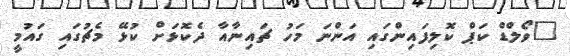
"ވޯލްޑް ކަޕް ކޮލިފައިންގައި އަންނަ މަހު ޗައިނާއާ ދެކޮޅަށް ކުޅޭ މެޗުގައި ގައުމީ